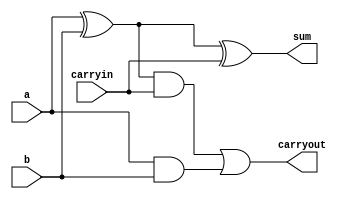
`define NOT not //#10
`define NAND nand// #20
`define AND and //#30
`define NOR nor// #20
`define OR or //#30
`define XOR xor //#30

module structuralFullAdder
(
    output sum,
    output carryout,
    input a,
    input b,
    input carryin
);
    // Your adder code here
    wire G, P, PandCin;

    `AND generator(G, a, b);
    `XOR propagate(P, a,b);

    `AND carry(PandCin, P, carryin);
    `OR Cout(carryout, PandCin, G);
    `XOR summation(sum, P, carryin);
endmodule